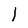
Character: l